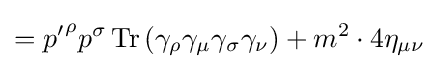
={p'}^{\rho }p^{\sigma }\operatorname {Tr} \left(\gamma _{\rho }\gamma _{\mu }\gamma _{\sigma }\gamma _{\nu }\right)+m^{2}\cdot 4\eta _{\mu \nu }